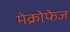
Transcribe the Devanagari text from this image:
मेक्रोफेज